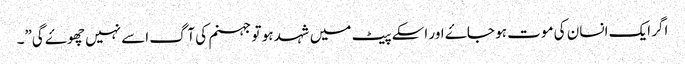
اگر ایک انسان کی موت ہو جاۓ اور اسکے پیٹ میں شہد ہو تو جہنم کی آگ اسے نہیں چھوۓ گی”۔